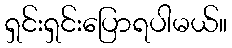
ရှင်းရှင်းပြောရပါမယ်။